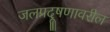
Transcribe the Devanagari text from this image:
जलप्रदूषणावरील